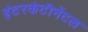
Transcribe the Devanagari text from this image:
इंटरकंटीनेंटल